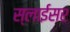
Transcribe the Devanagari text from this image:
स्‍लाईसर